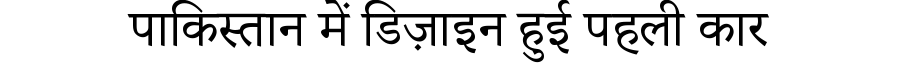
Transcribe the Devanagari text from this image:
पाकिस्तान में डिज़ाइन हुई पहली कार